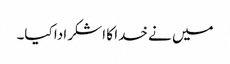
میں نے خدا کا اشکر ادا کیا۔